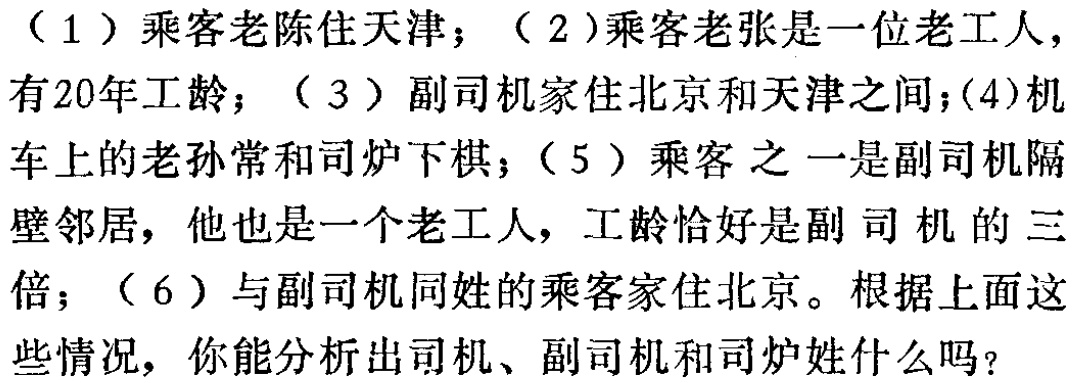
（1）乘客老陈住天津；（2）乘客老张是一位老工人，有20年工龄；（3）副司机家住北京和天津之间；(4)机车上的老孙常和司炉下棋；（5）乘客之一是副司机隔壁邻居，他也是一个老工人，工龄恰好是副司机的三倍；（6）与副司机同姓的乘客家住北京。根据上面这些情况，你能分析出司机、副司机和司炉姓什么吗？